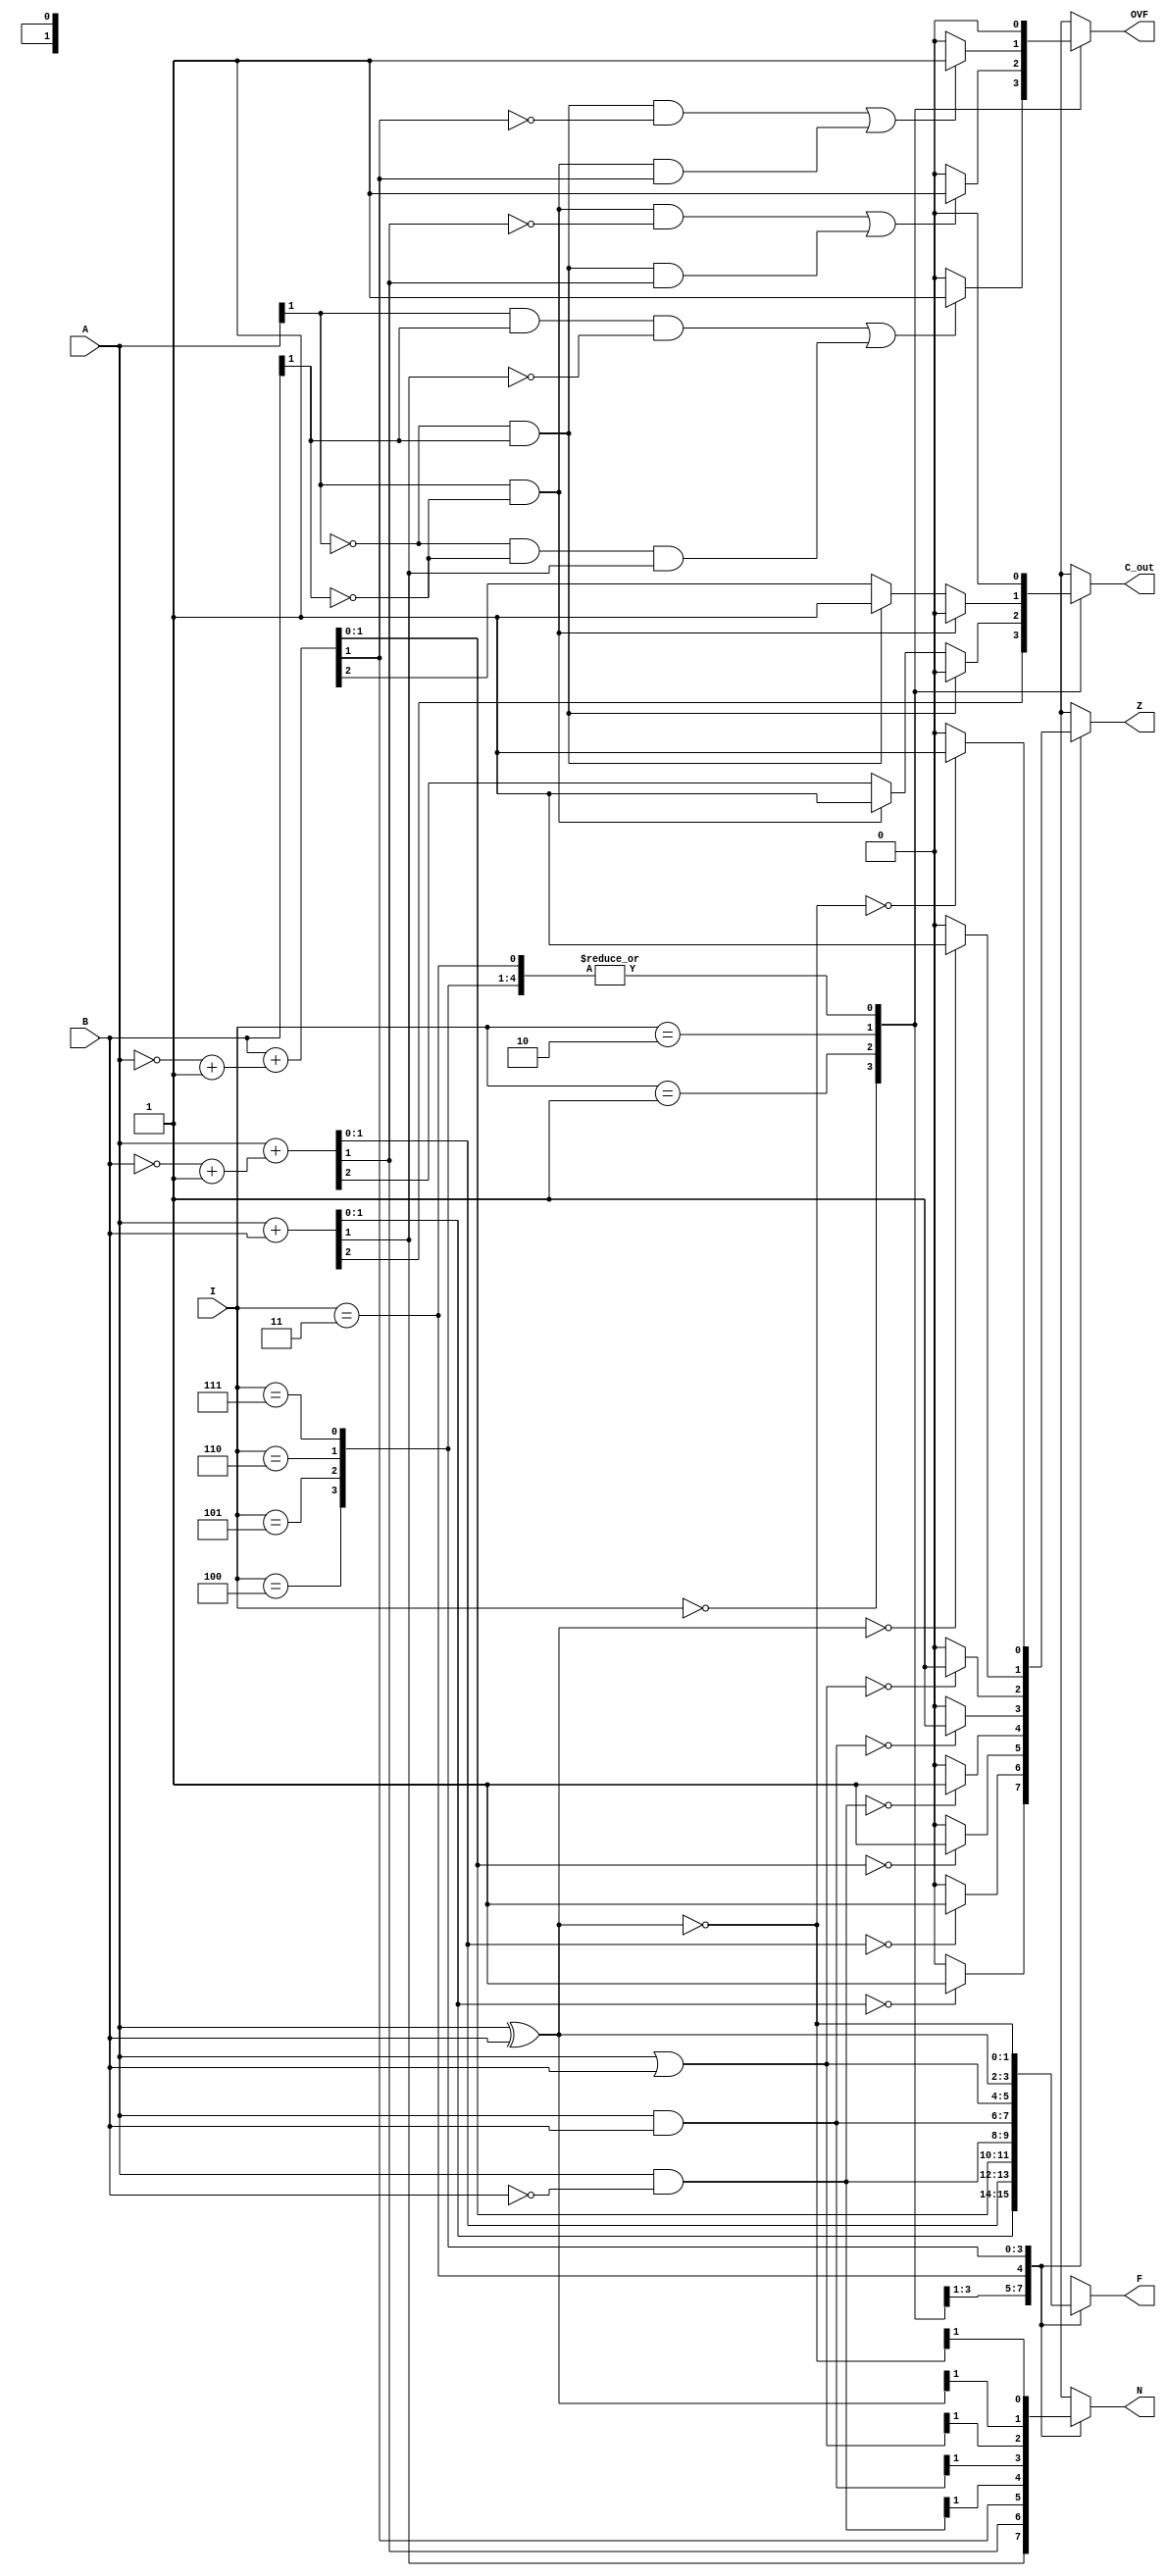
module ALU #(parameter W=2)(A,B,I,F,Z,N,C_out,OVF);
	input [(W-1):0] A,B;
	input [2:0] I;
	reg [W-1:0] C;
	output reg [(W-1):0] F;
	output reg Z,N,C_out,OVF;
	
always @(*)
begin
	case(I)
		3'b000 : // Add
		begin
			{C_out, F} = A + B ;
			N = F[W-1];
			Z = 0;
			if(F==0) begin
				Z=1;
				end
			if((A[W-1]==1 && B[W-1] == 1 && F[W-1] == 0) || (A[W-1]==0 && B[W-1] == 0 && F[W-1] == 1)) begin
				OVF=1;
				end
			else begin
				OVF=0;
				end
		end
			
		3'b001 : // SubAB
		begin
			{C_out,F} = {1'b0, A}+{1'b0, ~B+1};
			if (A[W-1] ==1 && B[W-1]==0) begin
				C_out = 1;
				end
			if (A[W-1] ==0 && B[W-1]==1) begin
				C_out = 0;
				end
			N = F[W-1];
			Z = 0;
			if(F==0) begin
				Z=1;
				end
			if((A[W-1]==1 && B[W-1] == 0 && F[W-1] == 0) || (A[W-1]==0 && B[W-1] == 1 && F[W-1] == 1)) begin
				OVF = 1;
				end
			else begin
				OVF = 0;
				end
			
		end
		
		3'b010 : // SubBA
		begin
			{C_out,F} = {1'b0, B}+{1'b0, ~A+1};
			if (A[W-1] ==0 && B[W-1]==1) begin
				C_out = 1;
				end
			if (A[W-1] ==1 && B[W-1]==0) begin
				C_out = 0;
				end
			N = F[W-1];
			Z = 0;
			if(F==0) begin
				Z=1;
				end
			if((A[W-1]==0 && B[W-1] == 1 && F[W-1] == 0) || (A[W-1]==1 && B[W-1] == 0 && F[W-1] == 1)) begin
				OVF = 1;
				end
			else begin
				OVF = 0;
				end
			
		end
		
		3'b011 : // bit clear
		begin
			F = A & (~B);
			N = F[W-1];
			if(F==0) begin
				Z = 1;
				end
				else begin
				Z = 0;
				end
			C_out = 0;
			OVF = 0;
		end
		
		3'b100 : // and
		begin
			F = A & B;
			N = F[W-1];
			if(F==0) begin
				Z = 1;
				end
				else begin
				Z = 0;
				end
			
			C_out = 0;
			OVF = 0;
		end
		
		3'b101 : // or
		begin
			F = A | B;
			N = F[W-1];
			if(F==0) begin
				Z = 1;
				end
				else begin
				Z = 0;
				end
				
			C_out = 0;
			OVF = 0;
		end
		
		3'b110 : // exor
		begin
			F = A ^ B;
			N = F[W-1];
			if(F==0) begin
				Z = 1;
				end
				else begin
				Z = 0;
				end
				
			C_out = 0;
			OVF = 0;
		end
		
		3'b111 :  // exnor
		begin
			F = ~(A ^ B);
			N = F[W-1];
			if(F==0) begin
				Z = 1;
				end
				else begin
				Z = 0;
				end
			C_out = 0;
			OVF = 0;
		end
		
		default: begin 
				F = A+B;
				C_out = 0;
				OVF = 0;
			   N = 0;
				Z = 0;
			end
		
	endcase
end
endmodule